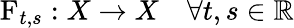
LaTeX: \operatorname{F}_{t,s}:X\rightarrow X\quad\forall t,s\in\mathbb{R}